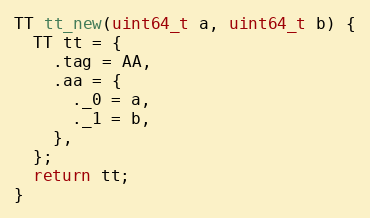
Language: C
TT tt_new(uint64_t a, uint64_t b) {
  TT tt = {
    .tag = AA,
    .aa = {
      ._0 = a,
      ._1 = b,
    },
  };
  return tt;
}